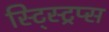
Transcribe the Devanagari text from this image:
स्ट्स्ट्रिप्स